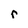
Character: r